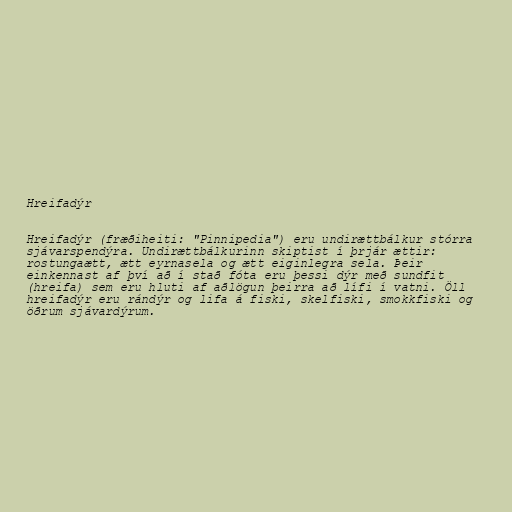
Hreifadýr

Hreifadýr (fræðiheiti: "Pinnipedia") eru undirættbálkur stórra
sjávarspendýra. Undirættbálkurinn skiptist í þrjár ættir:
rostungaætt, ætt eyrnasela og ætt eiginlegra sela. Þeir
einkennast af því að í stað fóta eru þessi dýr með sundfit
(hreifa) sem eru hluti af aðlögun þeirra að lífi í vatni. Öll
hreifadýr eru rándýr og lifa á fiski, skelfiski, smokkfiski og
öðrum sjávardýrum.